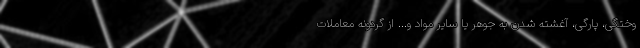
وختگی، پارگی، آغشته شدن به جوهر یا سایر مواد و... از گردونه معاملات